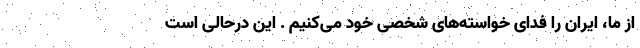
از ما، ایران را فدای خواسته‌های شخصی خود می‌کنیم . این درحالی است